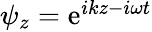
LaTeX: \begin{array}{r}{\psi_{z}=\mathrm{e}^{ikz-i\omega t}}\end{array}